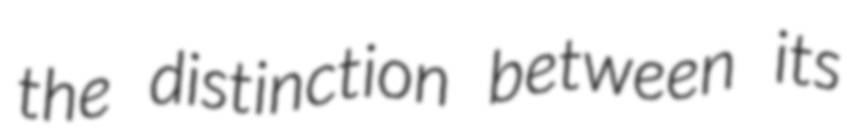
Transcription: the distinction between its